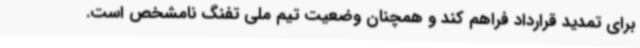
برای تمدید قرارداد فراهم کند و همچنان وضعیت تیم ملی تفنگ نامشخص است.